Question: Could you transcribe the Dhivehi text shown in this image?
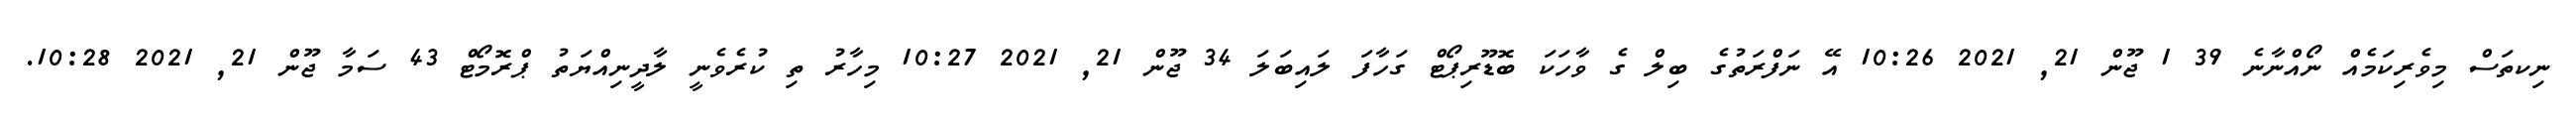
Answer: ނިކތަސް މިވެރިކަމެއް ނޯއްނާނެ 39 1 ޖޫން 21, 2021 10:26 އޭ ނަފްރަތުގެ ބިލް ގެ ވާހަކަ ބޮޑޫރިޕޯޓް ގަހާފަ ލައިބަލަ 34 ޖޫން 21, 2021 10:27 މިހާރު ތި ކުރެވެނީ ލާދީނިއްޔަތު ޕްރޮމޯޓް 43 ސަމާ ޖޫން 21, 2021 10:28.